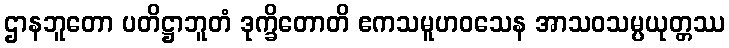
ဌာနဘူတော ပတိဋ္ဌာဘူတံ ဒုက္ခိတောတိ ဧကသမူဟဝသေန အာသဝသမ္ပယုတ္တဿ